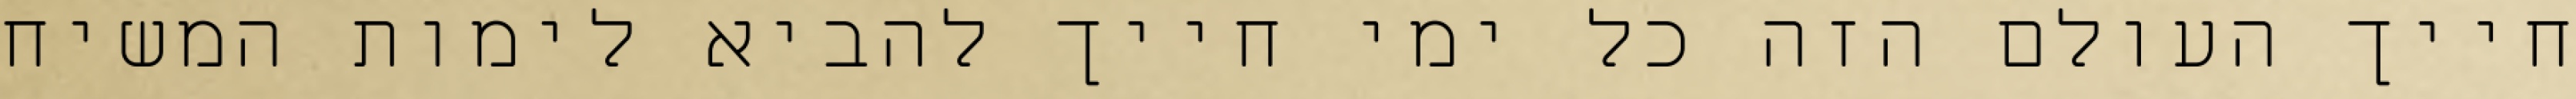
חייך העולם הזה כל ימי חייך להביא לימות המשיח